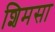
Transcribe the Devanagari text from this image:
शिमसा